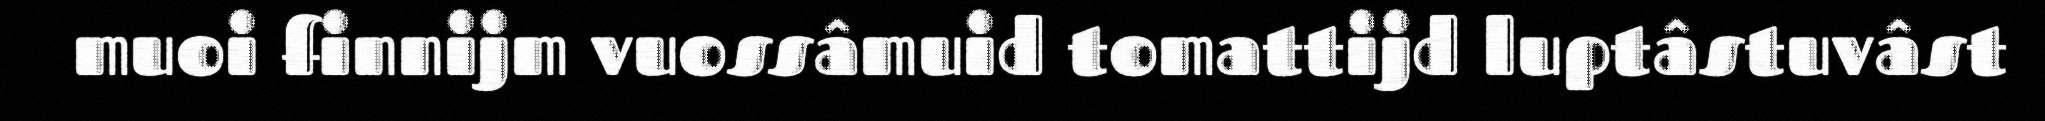
muoi finnijm vuossâmuid tomattijd luptâstuvâst